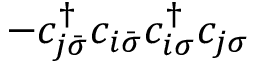
- c _ { j \bar { \sigma } } ^ { \dagger } c _ { i \bar { \sigma } } c _ { i \sigma } ^ { \dagger } c _ { j \sigma }